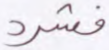
فشرد